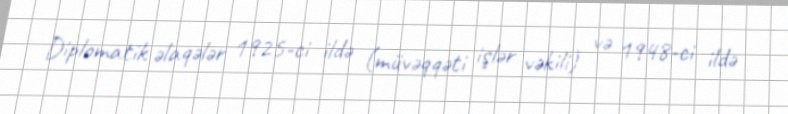
Diplomatik əlaqələr 1925-ci ildə (müvəqqəti işlər vəkili) və 1948-ci ildə